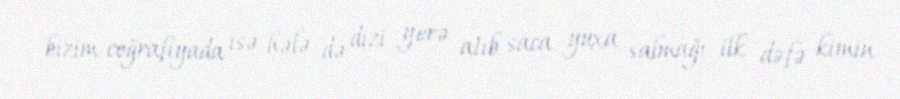
bizim coğrafiyada isə hələ də dizi yerə atıb saca yuxa salmağı ilk dəfə kimin